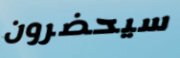
سيحضرون